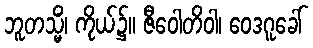
ဘူတသ္မိံ၊ ကိုယ်၌။ ဇီဝေါတိဝါ၊ ဝေဒဂူခေါ်